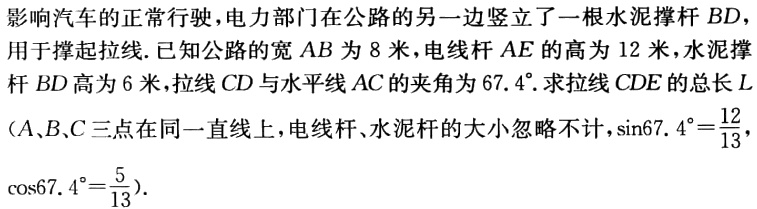
影响汽车的正常行驶，电力部门在公路的另一边竖立了一根水泥撑杆\(BD\)，用于撑起拉线.已知公路的宽\(AB\)为\(8\)米，电线杆\(AE\)的高为\(12\)米，水泥撑杆\(BD\)高为\(6\)米，拉线\(CD\)与水平线\(AC\)的夹角为\(67.4^{\circ}\).求拉线\(CDE\)的总长\(L\)（\(A\)、\(B\)、\(C\)三点在同一直线上，电线杆、水泥杆的大小忽略不计，\(\sin67.4^{\circ}=\frac{12}{13}\)，\(\cos67.4^{\circ}=\frac{5}{13}\)）.